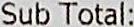
SUB TOTAL: